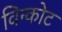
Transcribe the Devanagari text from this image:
विन्कोट